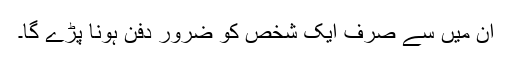
ان میں سے صرف ایک شخص کو ضرور دفن ہونا پڑے گا۔